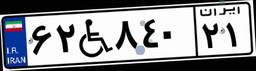
۶۲W۸۴۰۲۱